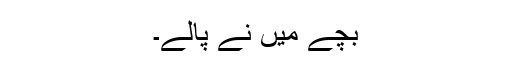
بچے میں نے پالے۔